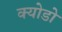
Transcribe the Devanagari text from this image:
क्योडो